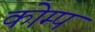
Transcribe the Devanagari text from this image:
कोम्प